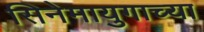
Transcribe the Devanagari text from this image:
सिनेमायुगाच्या